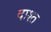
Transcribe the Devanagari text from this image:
दाश्त